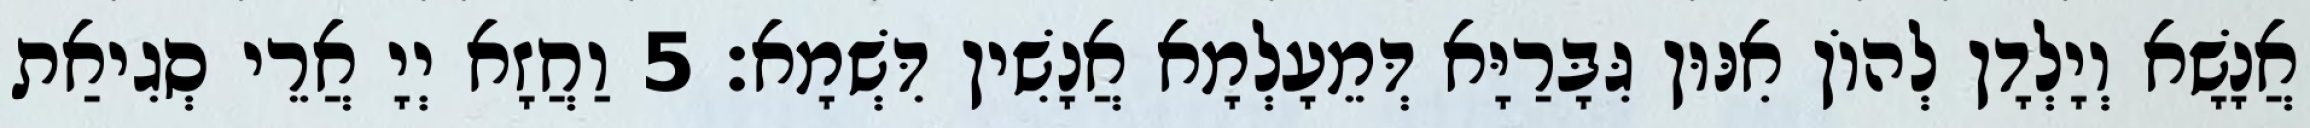
אֲנָשָׁא וְיָלְדָן לְהוֹן אִנּוּן גִּבָּרַיָּא דְּמֵעָלְמָא אֲנָשִׁין דִּשְׁמָא׃ 5 וַחֲזָא יְיָ אֲרֵי סְגִיאַת